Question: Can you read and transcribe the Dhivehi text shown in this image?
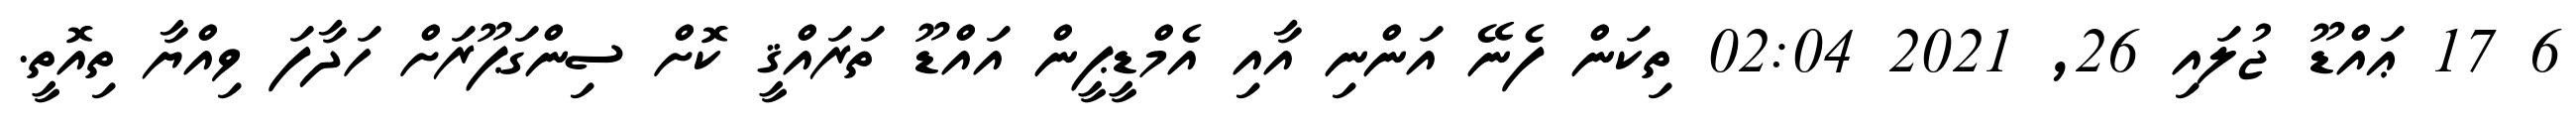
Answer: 6 17 ޢައްޑޫ ޖުލައި 26, 2021 02:04 ތިކަން ފެނޭ އަންނި އާއި އެމްޑީޕީން އައްޑޫ ތަރައްޤީ ކޮށް ސިންގަޕޫރަށް ހަދާފަ ވިއްޔާ ތިއޮތީ.